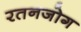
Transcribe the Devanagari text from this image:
रतनजोग